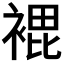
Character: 𮖘